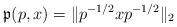
LaTeX: \begin{align*}\mathfrak{p}(p,x)=\Vert p^{-1/2}xp^{-1/2}\Vert_2 \end{align*}